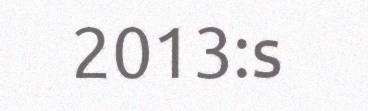
2013:s